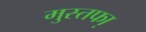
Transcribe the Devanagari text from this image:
मुस्तफा़